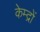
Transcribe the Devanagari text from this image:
केम्द्रों